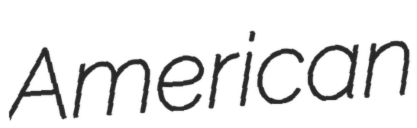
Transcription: American